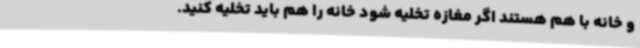
و خانه با هم هستند اگر مغازه تخلیه شود خانه را هم باید تخلیه کنید.